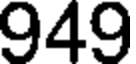
949